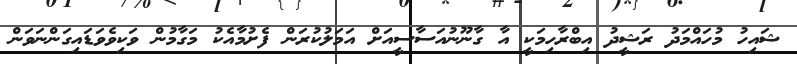
ޝައިހު މުހައްމަދު ރަޝީދު އިބްރާހިމަކީ އާ ގާނޫނުއަސާސީއަށް އަމަލުކުރަން ފެށުމާއެކު މަގާމުން ވަކިވެވަޑައިގަންނަވަން